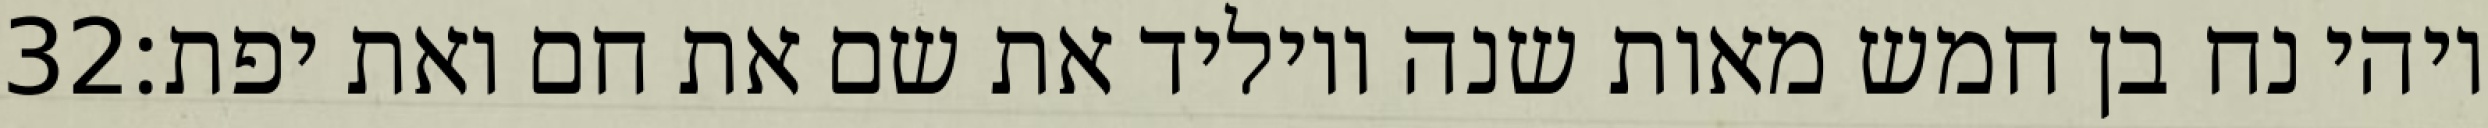
‎32‏ ויהי נח בן חמש מאות שנה ויוליד את שם את חם ואת יפת׃